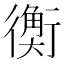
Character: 𧗾